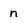
Character: n